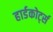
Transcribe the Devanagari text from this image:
हार्डकोर्ट्स